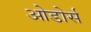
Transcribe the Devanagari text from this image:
ओडोर्स